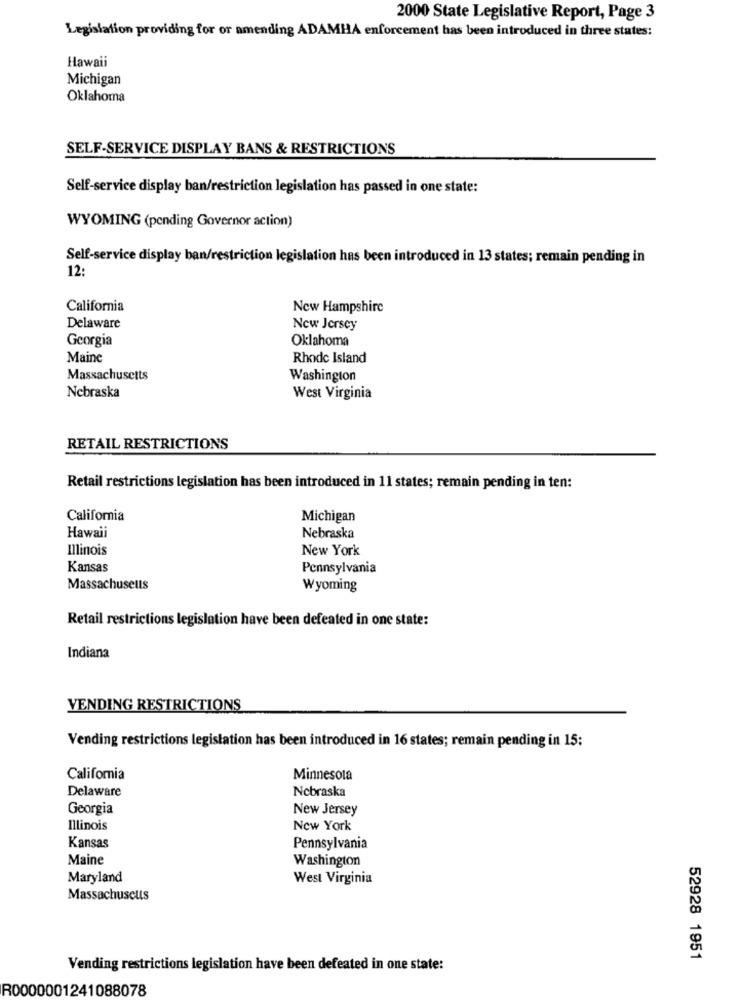
2000 State Legislative Report, Page 3
Legislation providing for or amending ADAMHA enforcement has been introduced in three states:
Hawaii
Michigan
Oklahoma
SELF-SERVICE DISPLAY BANS & RESTRICTIONS
Self-service display ban/restriction legislation has passed in one state:
WYOMING (pending Governor action)
Self-service display ban/restriction legislation has been introduced in 13 states; remain pending in
12:
California
New Hampshire
Delaware
New Jersey
Georgia
Oklahoma
Maine
Rhode Island
Massachusetts
Washington
Nebraska
West Virginia
RETAIL RESTRICTIONS
Retail restrictions legislation has been introduced in 11 states; remain pending in ten:
California
Michigan
Hawaii
Nebraska
Illinois
New York
Kansas
Pennsylvania
Massachusetts
Wyoming
Retail restrictions legislation have been defeated in one state:
Indiana
VENDING RESTRICTIONS
Vending restrictions legislation has been introduced in 16 states; remain pending in 15:
California
Minnesota
Delaware
Nebraska
Georgia
New Jersey
Illinois
New York
Kansas
Pennsylvania
Maine
Washington
Maryland
West Virginia
Massachusetts
52928 1951
Vending restrictions legislation have been defeated in one state:
R0000001241088078